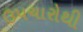
ઉપચારોથી